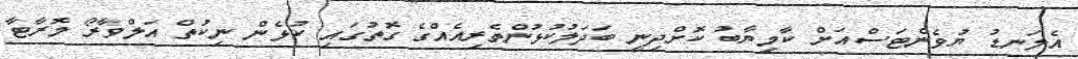
އެލަނޑު ޔުވެންޓަސްއަށް ކާމިޔާބު ކޮށްދިނީ ބަދަލުކުޅުންތެރިއެއްގެ ގޮތުގައި ކުޅެން ނިކުތް އަލްވާރޯ މޮރާޓާ